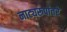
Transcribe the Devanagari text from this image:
नाट्यरूपांतरे